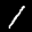
Label: 1